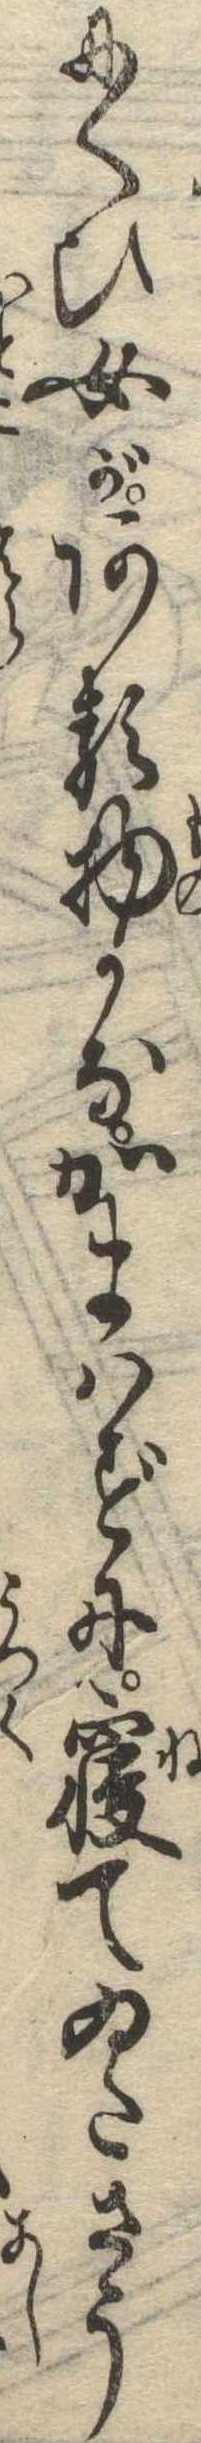
にくひ女がある物かなかまはずに寝てゐたさう